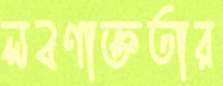
লবণাক্ততার